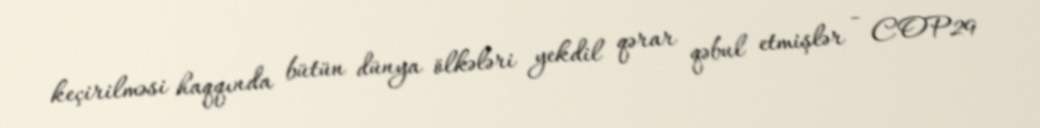
keçirilməsi haqqında bütün dünya ölkələri yekdil qərar qəbul etmişlər - COP29